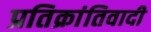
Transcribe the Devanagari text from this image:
प्रतिक्रांतिवादी